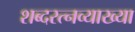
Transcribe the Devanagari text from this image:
शब्दरत्नव्याख्या